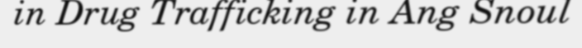
in Drug Trafficking in Ang Snoul